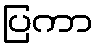
ပြကာ